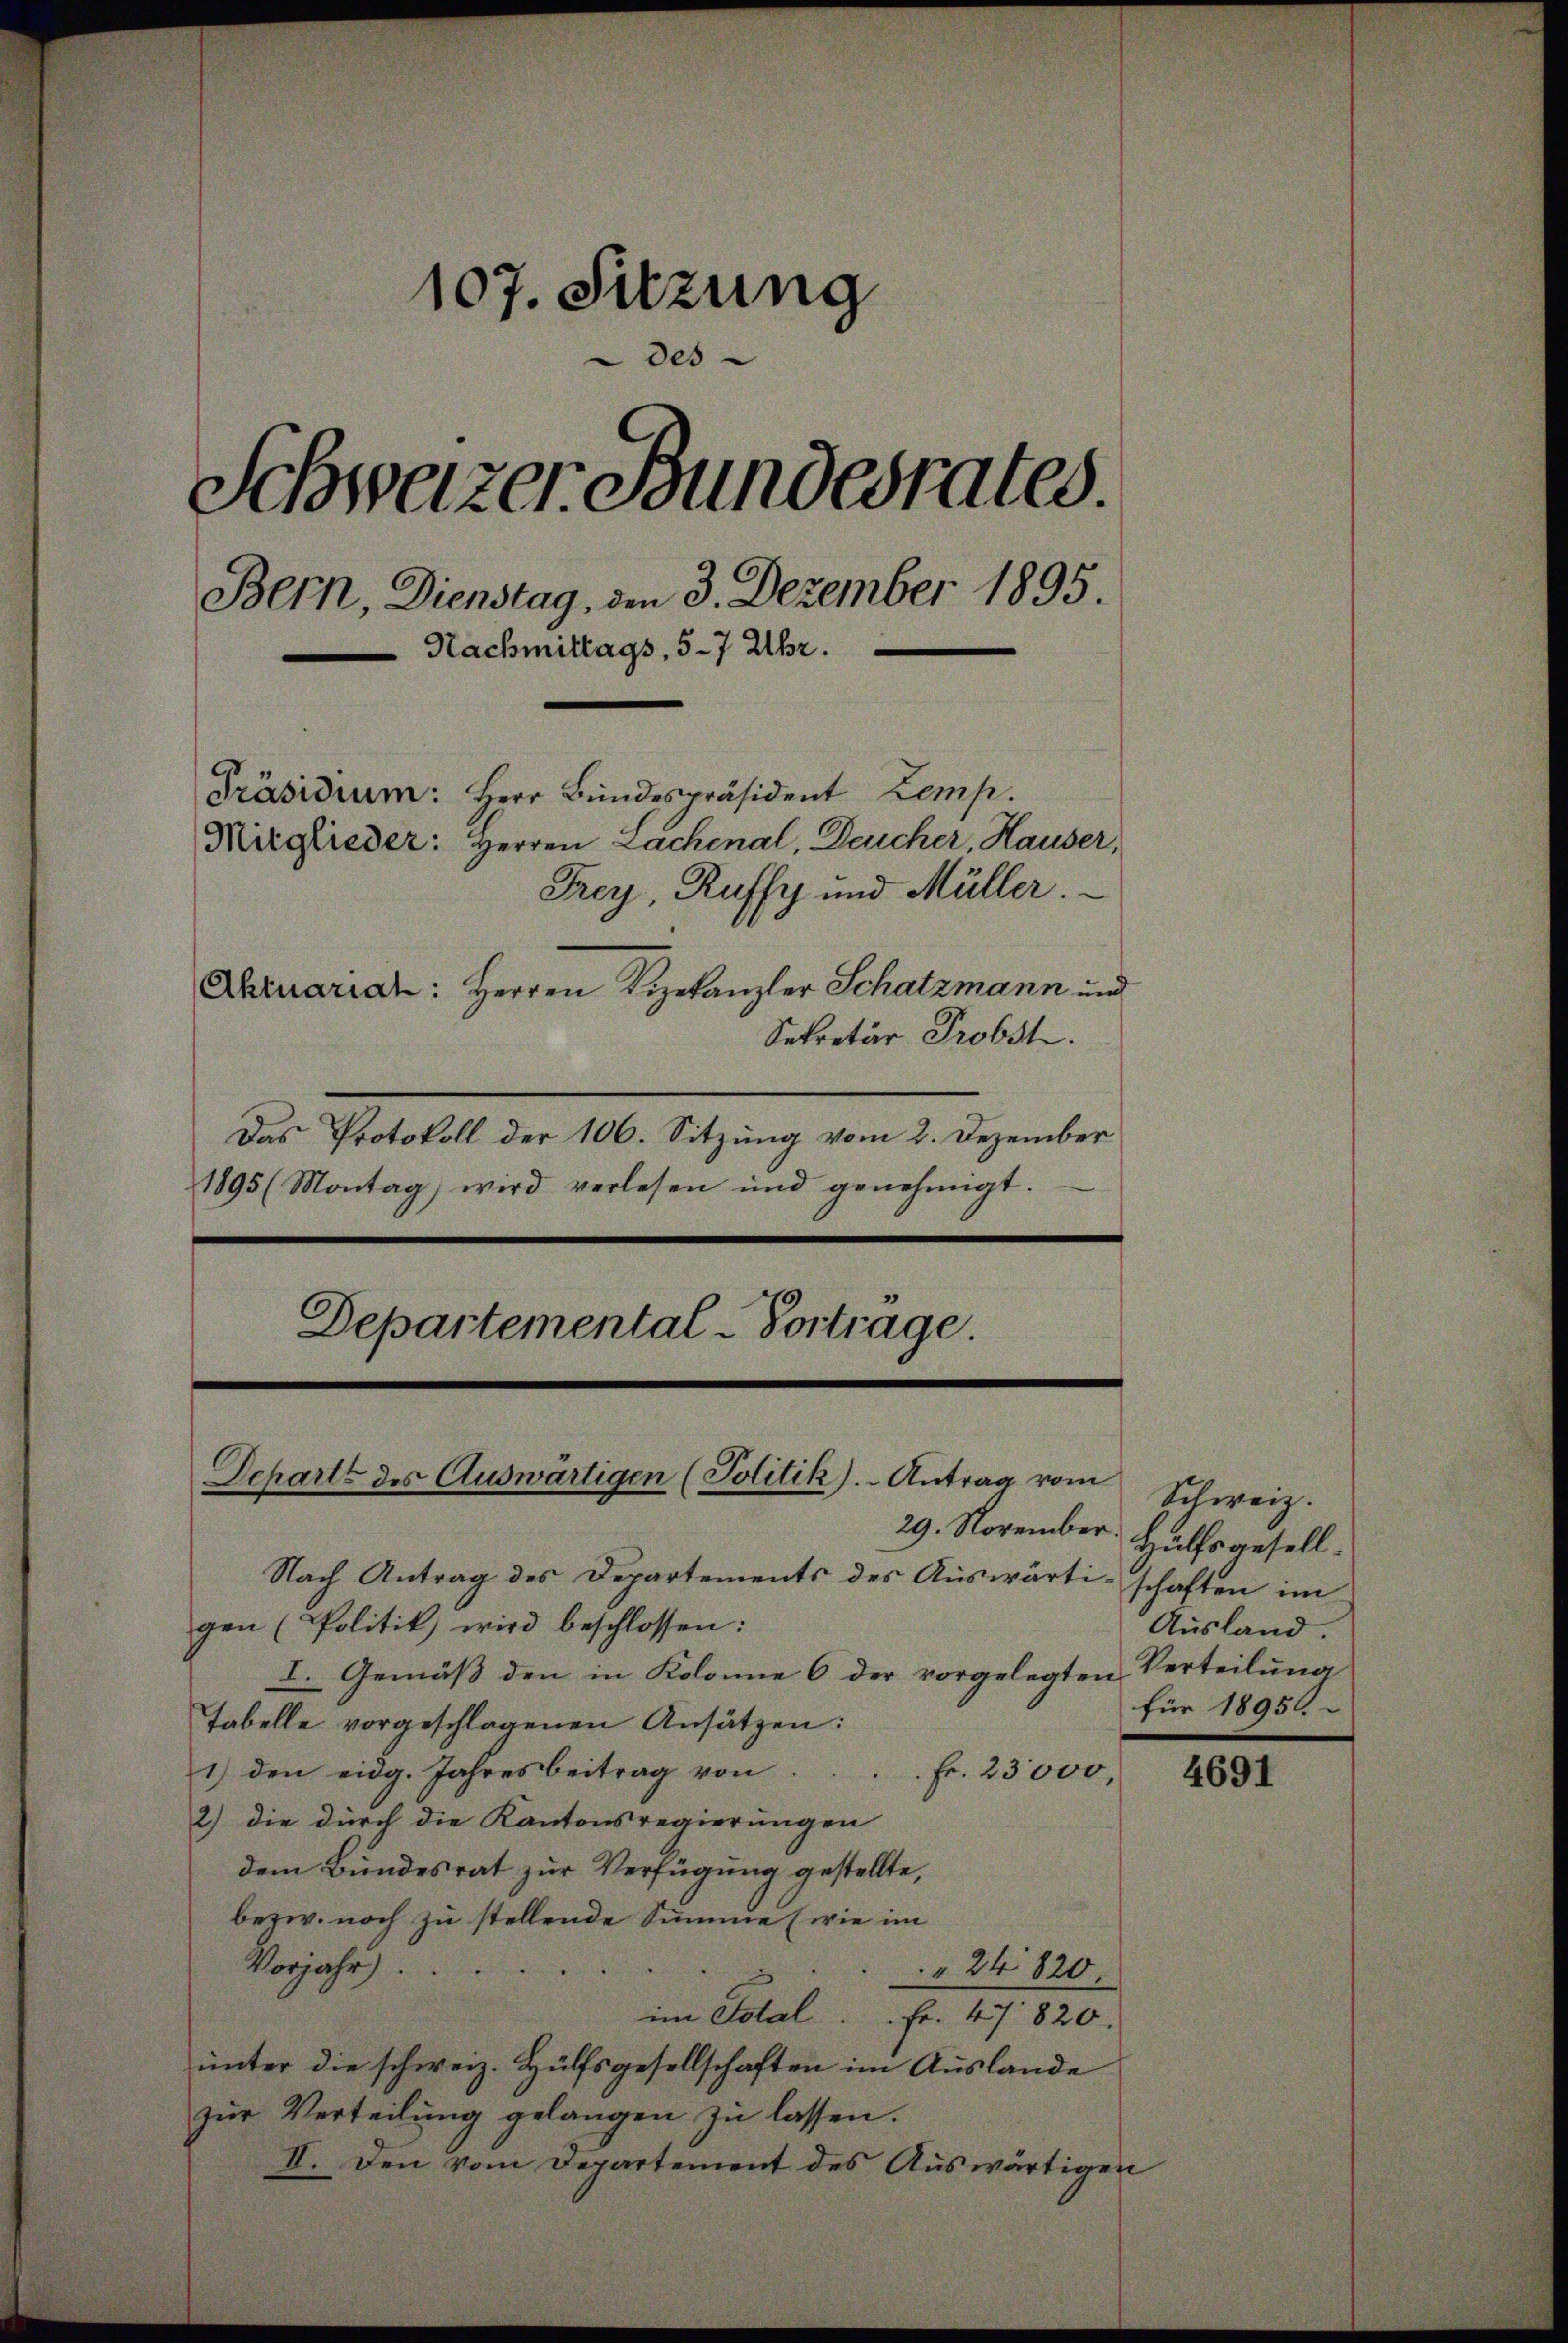
107. Sitzung
des
Schweizer Bundesrates.
Bern, Dienstag, den 3. Dezember 1895.
Nachmittags, 5-7 Uhr.
Präsidium: Herr Bundespräsident Zemp.
Mitglieder: Herren Zachenal, Deucher, Hauser,
Frey, Ruffy und Müller.
Ahruariat: Herren Vizekanzler Schatzmann und
Sekretär Probst.
Das Protokoll der 106. Sitzung vom 2. Dezember

Departemental-Vortrage.
Departe des Auswärtigen (Politik).- Antrag vom

1895 (Montag) wird verlesen und genehmigt.

29. November. Hülfsgesell¬
Nach Antrag des Departements des Auswärti-schaften im
gen (Politik wird beschlossen:
I. Gemäβ den in Kolonne 6 der vorgelegten
Tabelle vorgeschlagenen Ansätzen:
1) den eidg. Jahresbeitrag von
Fr. 23000,
2) die durch die Kantonsregierungen
dem Bundesrat zur Verfügung gestellte,
bezw. noch zu stellende Summe (wie im
Vorjahr.
.
24820
im Total. Fr. 47820.
unter die schweiz. Hülfsgesellschaften im Auslande
zur Verteilung gelangen zu lassen.
II. Den vom Departement des Auswärtigen

Schweiz.
Ausland.
Verteilung
für 18950.

4691